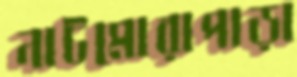
নাটমোরাপাড়া